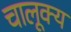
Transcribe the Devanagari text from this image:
चालूक्य